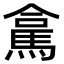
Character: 𮪁